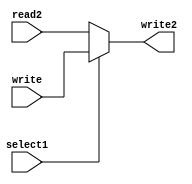
module mux1n(read2, write, select1, write2);

input [4:0] read2, write;
input select1;
output reg [4:0] write2;

always @(*)
begin 
	if ( select1 == 1 ) begin
		write2 = write;
	end else begin
		write2 = read2;
	end
end
endmodule